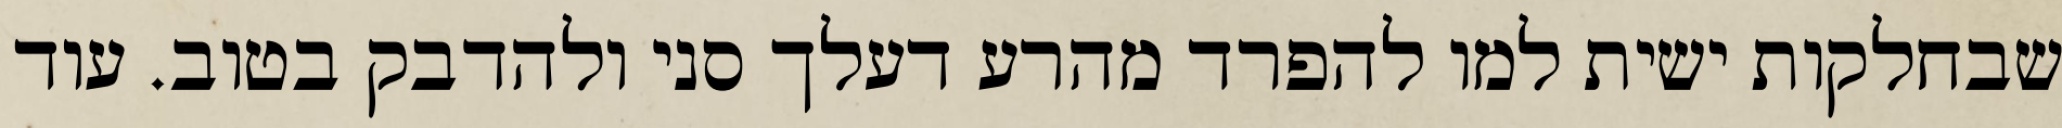
שבחלקות ישית למו להפרד מהרע דעלך סני ולהדבק בטוב. עוד